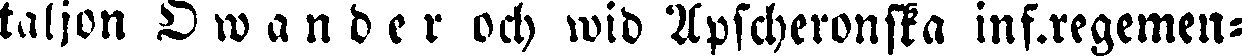
taljon Owander och wid Apscheronska inf.regemen-